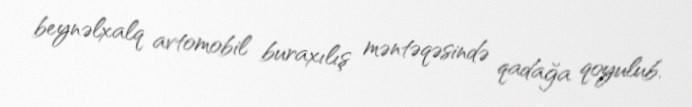
beynəlxalq avtomobil buraxılış məntəqəsində qadağa qoyulub.